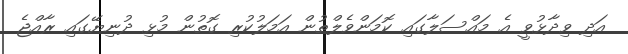
އަދި ވިދާޅުވީ އެ މައްސަލާގައި ކޮމަންވެލްތުން އަމަލުކުރި ގޮތުން މުޅި ދުނިޔޭގައި ރާއްޖެ